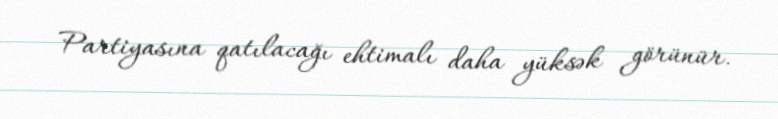
Partiyasına qatılacağı ehtimalı daha yüksək görünür.